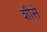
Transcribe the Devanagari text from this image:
शीसे